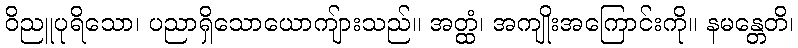
ဝိညူပုရိသော၊ ပညာရှိသောယောကျ်ားသည်။ အတ္ထံ၊ အကျိုးအကြောင်းကို။ နမန္တေတိ၊